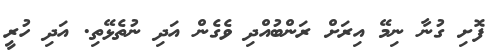
ފޮށި ގުނާ ނިމޭ އިރަށް ރަންބުއްދި ވެގެން އަދި ނުތެޅޭތި. އަދި ހުރީ